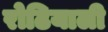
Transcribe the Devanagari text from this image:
रोढियाली